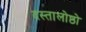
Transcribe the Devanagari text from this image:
दस्तालोष्ठो